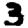
Digit: 3